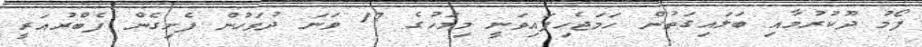
ފޯމު ދޫކުރުމާއި ބަލައިގަތުން ހަމަޖެހިފައިވަނީ މިމަހުގެ 17 ވަނަ ދުވަހުން ފެށިގެން ފެބްރުއަރީ